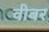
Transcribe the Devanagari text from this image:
वीबर